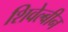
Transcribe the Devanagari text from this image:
शिवेल्बीन